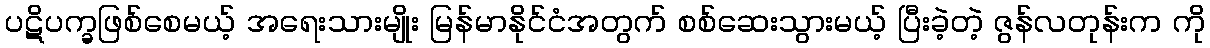
ပဋိပက္ခဖြစ်စေမယ့် အရေးသားမျိုး မြန်မာနိုင်ငံအတွက် စစ်ဆေးသွားမယ့် ပြီးခဲ့တဲ့ ဇွန်လတုန်းက ကို